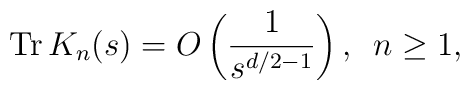
{\rm Tr}\,K_{n}(s)=    O\left( \frac{1}{s^{d/2-1}}\right) ,\,\,\,    n\geq 1,